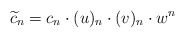
\begin{align*}\widetilde{c}_n = c_n \cdot (u)_n \cdot (v)_n \cdot w^n\end{align*}